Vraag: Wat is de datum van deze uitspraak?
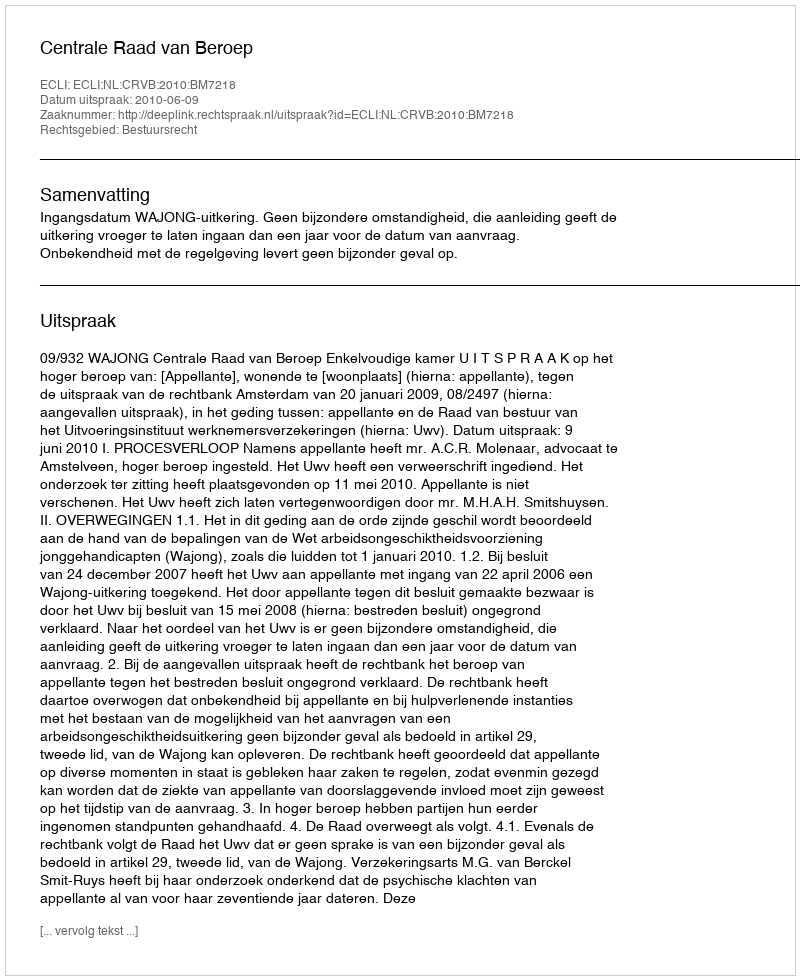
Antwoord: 2010-06-09